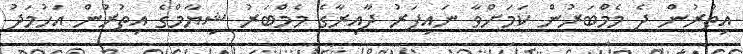
އިތުރުން ދެ މެމްބަރުން ކަމަށްވާ ނައިފަރު ދާއިރާގެ މެމްބަރު ޝިޔާމްގެ އިތުރުން އަހުމަދު